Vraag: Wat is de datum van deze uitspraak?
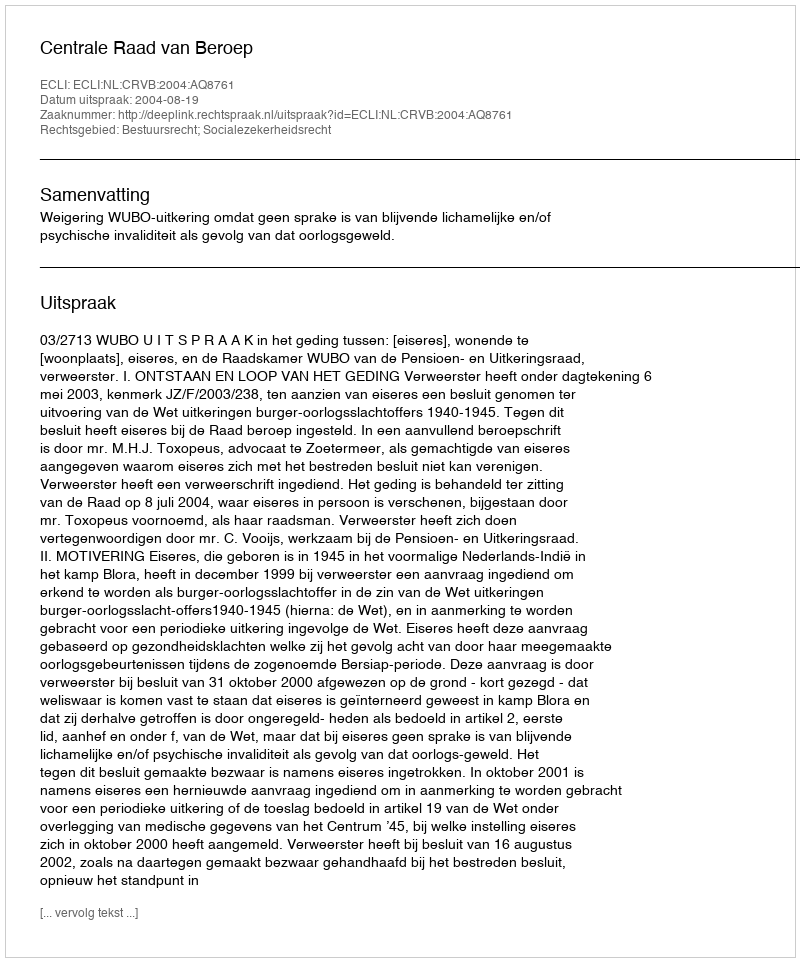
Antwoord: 2004-08-19